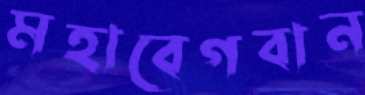
মহাবেগবান